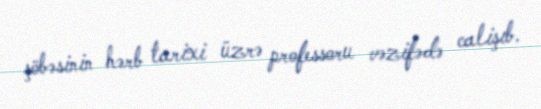
şöbəsinin hərb tarixi üzrə professoru vəzifədə calişıb.